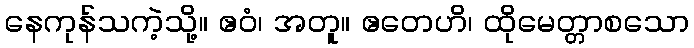
နေကုန်သကဲ့သို့။ ဧဝံ၊ အတူ။ ဧတေဟိ၊ ထိုမေတ္တာစသော